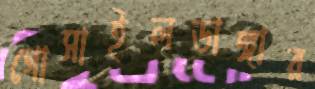
গোসাইলডাঙ্গার